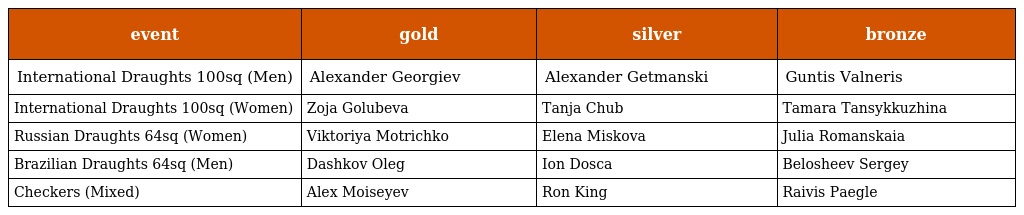
| event | gold | silver | bronze |
 | --- | --- | --- | --- |
 | International Draughts 100sq (Men) | Alexander Georgiev | Alexander Getmanski | Guntis Valneris |
 | International Draughts 100sq (Women) | Zoja Golubeva | Tanja Chub | Tamara Tansykkuzhina |
 | Russian Draughts 64sq (Women) | Viktoriya Motrichko | Elena Miskova | Julia Romanskaia |
 | Brazilian Draughts 64sq (Men) | Dashkov Oleg | Ion Dosca | Belosheev Sergey |
 | Checkers (Mixed) | Alex Moiseyev | Ron King | Raivis Paegle |